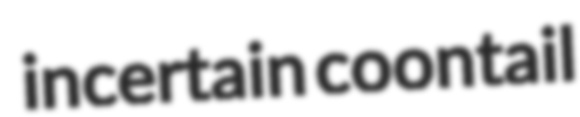
incertain coontail